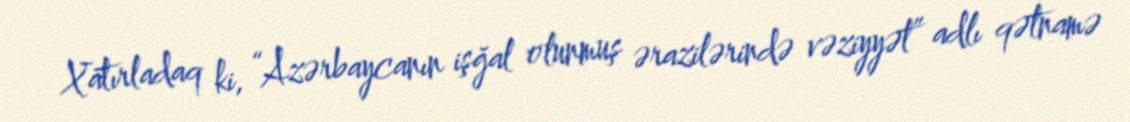
Xatırladaq ki, “Azərbaycanın işğal olunmuş ərazilərində vəziyyət” adlı qətnamə